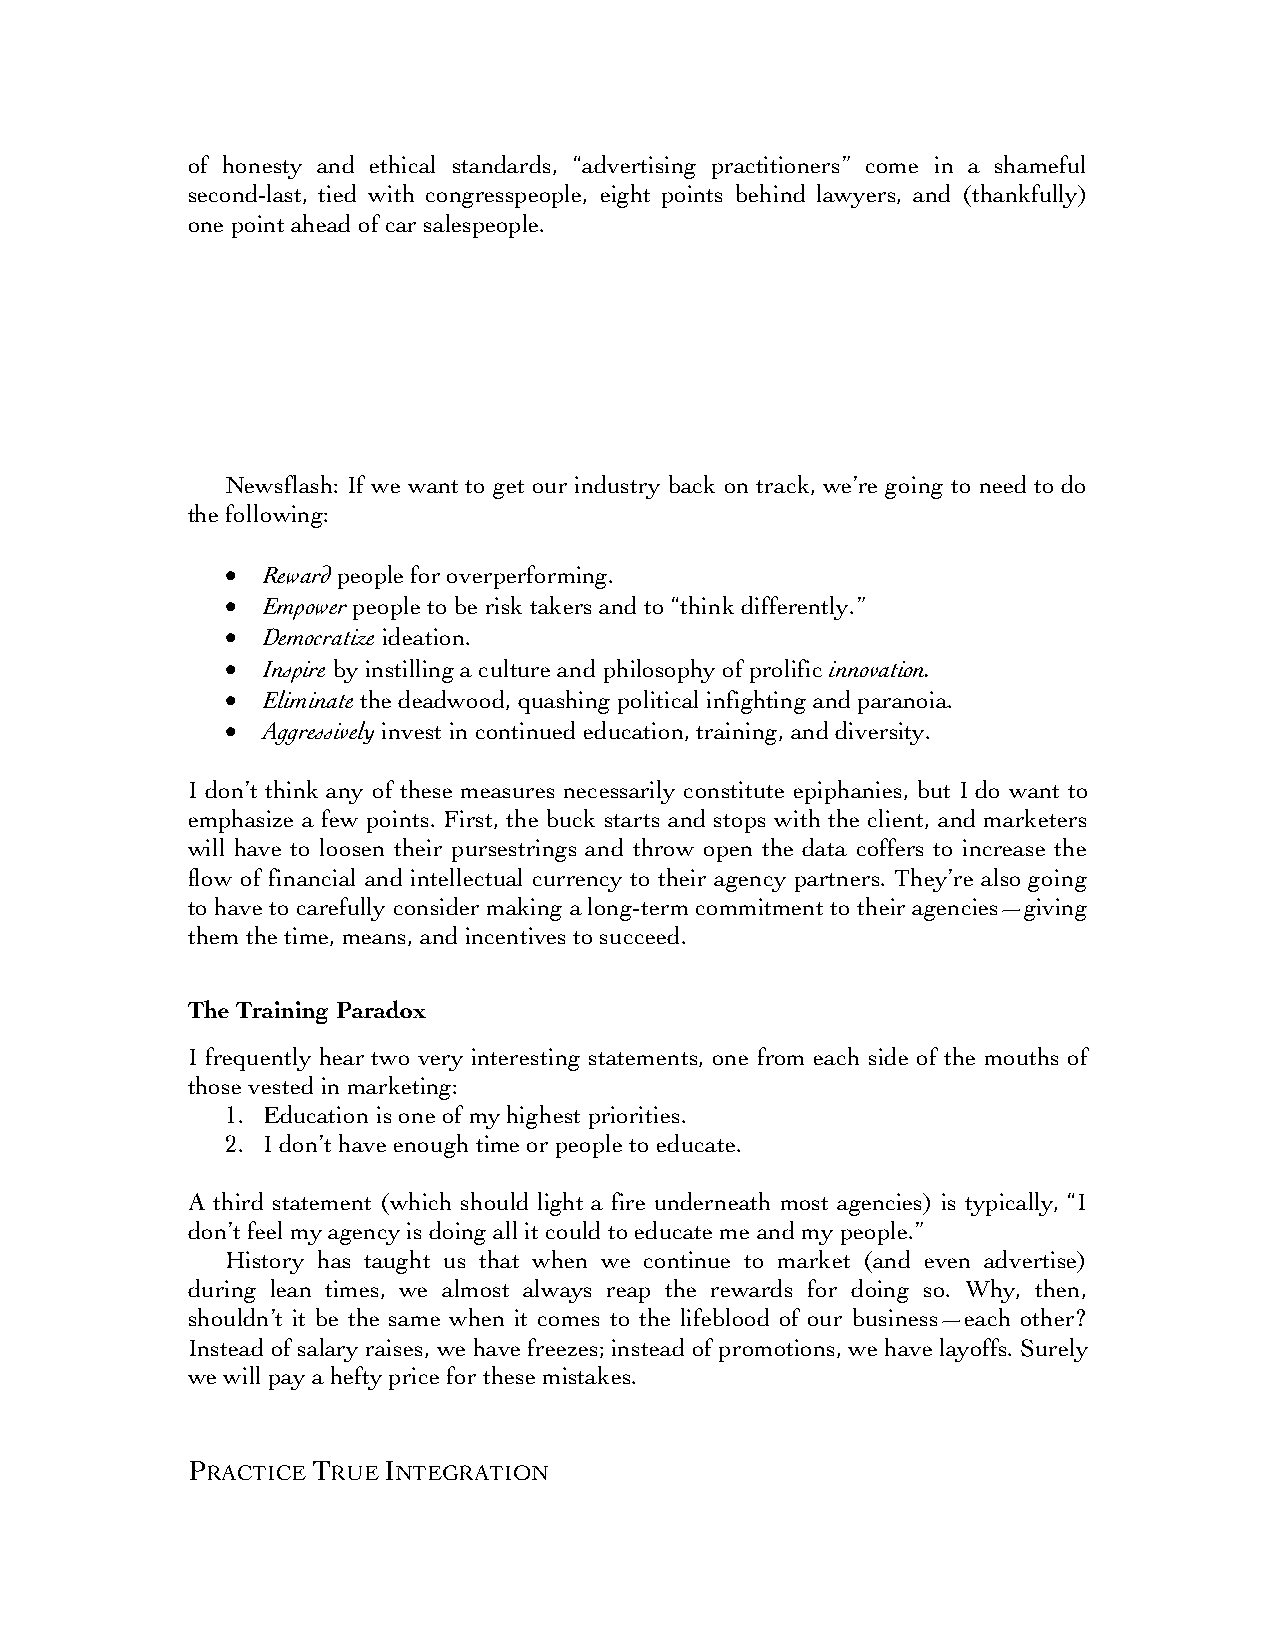
of honesty and ethical standards, “advertising practitioners” come in a shameful
 second-last, tied with congresspeople, eight points behind lawyers, and (thankfully)
 one point ahead of car salespeople.
 Newsflash: If we want to get our industry back on track, we’re going to need to do
 the following:
 • Reward people for overperforming.
 • Empower people to be risk takers and to “think differently.”
 • Democratize ideation.
 • Inspire by instilling a culture and philosophy of prolific innovation.
 • Eliminate the deadwood, quashing political infighting and paranoia.
 • Aggressively invest in continued education, training, and diversity.
 I don’t think any of these measures necessarily constitute epiphanies, but I do want to
 emphasize a few points. First, the buck starts and stops with the client, and marketers
 will have to loosen their pursestrings and throw open the data coffers to increase the
 flow of financial and intellectual currency to their agency partners. They’re also going
 to have to carefully consider making a long-term commitment to their agencies—giving
 them the time, means, and incentives to succeed.
 The Training Paradox
 I frequently hear two very interesting statements, one from each side of the mouths of
 those vested in marketing:
 1. Education is one of my highest priorities.
 2. I don’t have enough time or people to educate.
 A third statement (which should light a fire underneath most agencies) is typically, “I
 don’t feel my agency is doing all it could to educate me and my people.”
 History has taught us that when we continue to market (and even advertise)
 during lean times, we almost always reap the rewards for doing so. Why, then,
 shouldn’t it be the same when it comes to the lifeblood of our business—each other?
 Instead of salary raises, we have freezes; instead of promotions, we have layoffs. Surely
 we will pay a hefty price for these mistakes.
 PRACTICE TRUE INTEGRATION